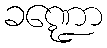
ခဏ္ဍော